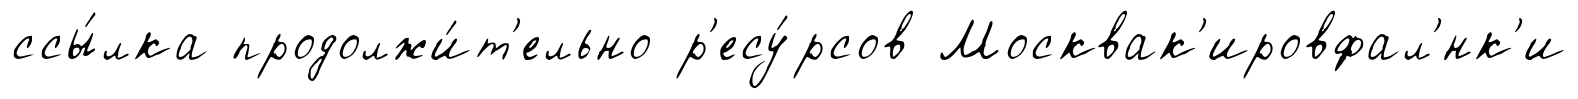
ссы́лка продолжи́т'ельно р'есу́рсов Москвак'ировфал'́нк'и